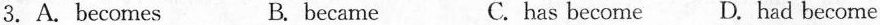
3.A. Becomes B.became C.has become D. Had become